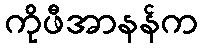
ကိုဖီအာနန်က